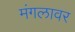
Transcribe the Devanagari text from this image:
मंगलावर